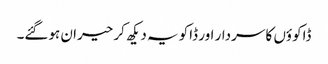
ڈاکوؤں کا سردار اور ڈاکو یہ دیکھ کر حیران ہوگئے۔